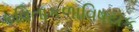
કવિતાકળાવિષયક